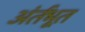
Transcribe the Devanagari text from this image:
अंर्तभूत